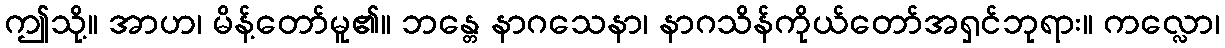
ဤသို့။ အာဟ၊ မိန့်တော်မူ၏။ ဘန္တေ နာဂသေနာ၊ နာဂသိန်ကိုယ်တော်အရှင်ဘုရား။ ကလ္လော၊